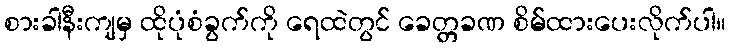
စားခါနီးကျမှ ထိုပုံစံခွက်ကို ရေထဲတွင် ခေတ္တခဏ စိမ်ထားပေးလိုက်ပါ။